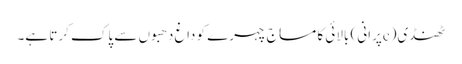
ٹھنڈی(cپرانی) بالائی کا مساج چہرے کو داغ دھبوں سے پاک کرتا ہے۔